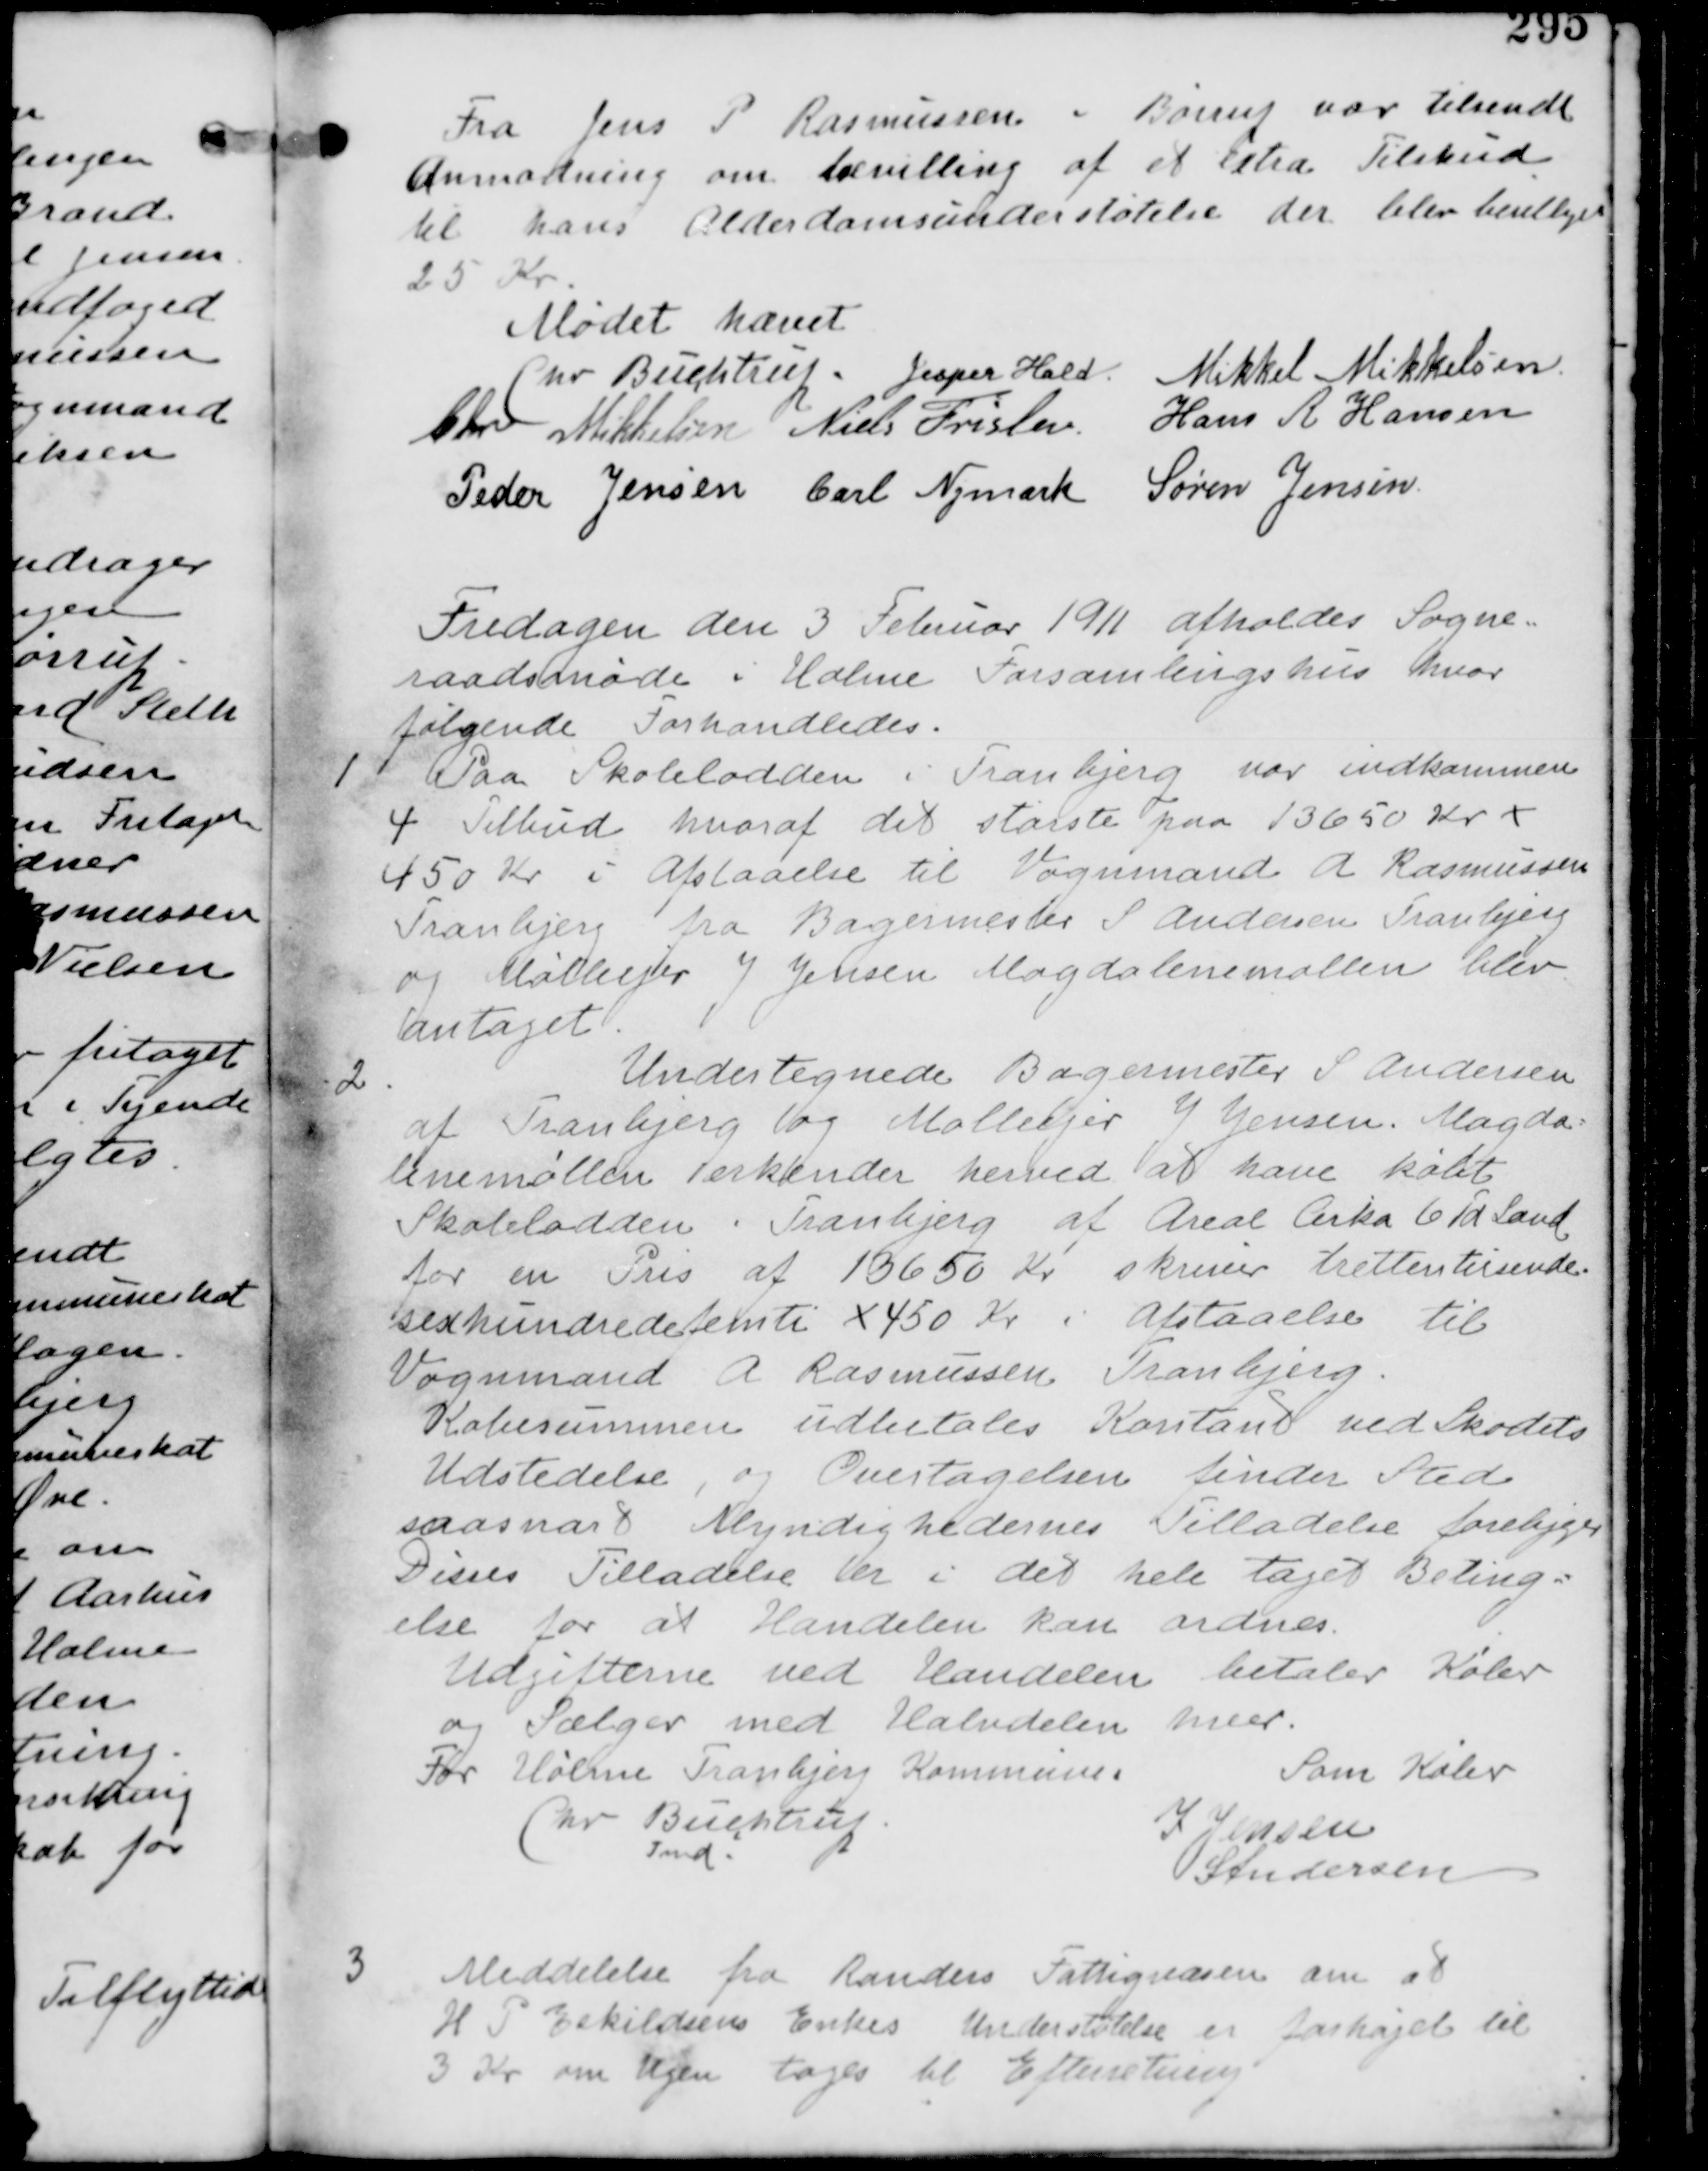
Transskription:
Fra Jens P Rasmussen i Børup var tilsendt
Anmodning om bevilling af et extra Tilskud
til hans Alderdomsunderstøtelse der blev bevilliget
25 Kr.

Mødet hævet
Chr Buchtrup. Jesper Hald Mikkel Mikkelsen
Chr Mikkelsen Niels Tørslev Hans R Hansen
Peder Jensen Carl Nymark Søren Jensen

Fredagen den 3 Februar 1911 afholdes Sogne-
raadsmøde i Holme Forsamlingshus hvor
følgende Forhandledes.

1.
Paa Skolelodden i Tranbjerg var indkommen
4 Tilbud hvoraf det største paa 13650 Kr +
450 Kr i Afstaaelse til Vognmand A Rasmussen
Tranbjerg fra Bagermester S Andersen Tranbjerg
og Mølleejer J Jensen Magdalenemøllen blev
antaget.

2.
Undertegnede Bagermester S Andersen
af Tranbjerg og Mølleejer J Jensen Magda
lenemøllen erkender herved at have købt
Skolelodden i Tranbjerg af Areal Cirka 6 Td Land
for en Pris af 13650 Kr skriver trettentusinde
sexhundredefemti + 450 Kr i Afstaaelse til
Vognmand A Rasmussen Tranbjerg
Købesummen udbetales Kontant ved Skødets
Udstedelse, og Overtagelsen finder Sted
saasnart Myndighedernes Tilladelse foreligger
Disses Tilladelse er i det hele taget Beting
else for at Handelen kan ordnes.
Udgifterne ved Handelen betaler Køber
og Sælger med Halvdelen hver.
For Holme Tranbjerg Kommuner
Chr Buchtrup
Fmd.
Som Køber
J Jensen
S Andersen

3 Meddelelse fra Randers Fattigvæsen om at
H P Eskildsens Enkes Understøtelse er forhøjet til
3 Kr om Ugen tages til Efterretning.